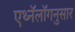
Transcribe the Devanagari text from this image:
एथ्नॅलॉगनुसार